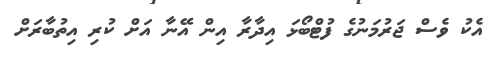
އެކު ވެސް ޖަރުމަނުގެ ފުޓްބޯޅަ އިދާރާ އިން އޭނާ އަށް ކުރި އިތުބާރަށް